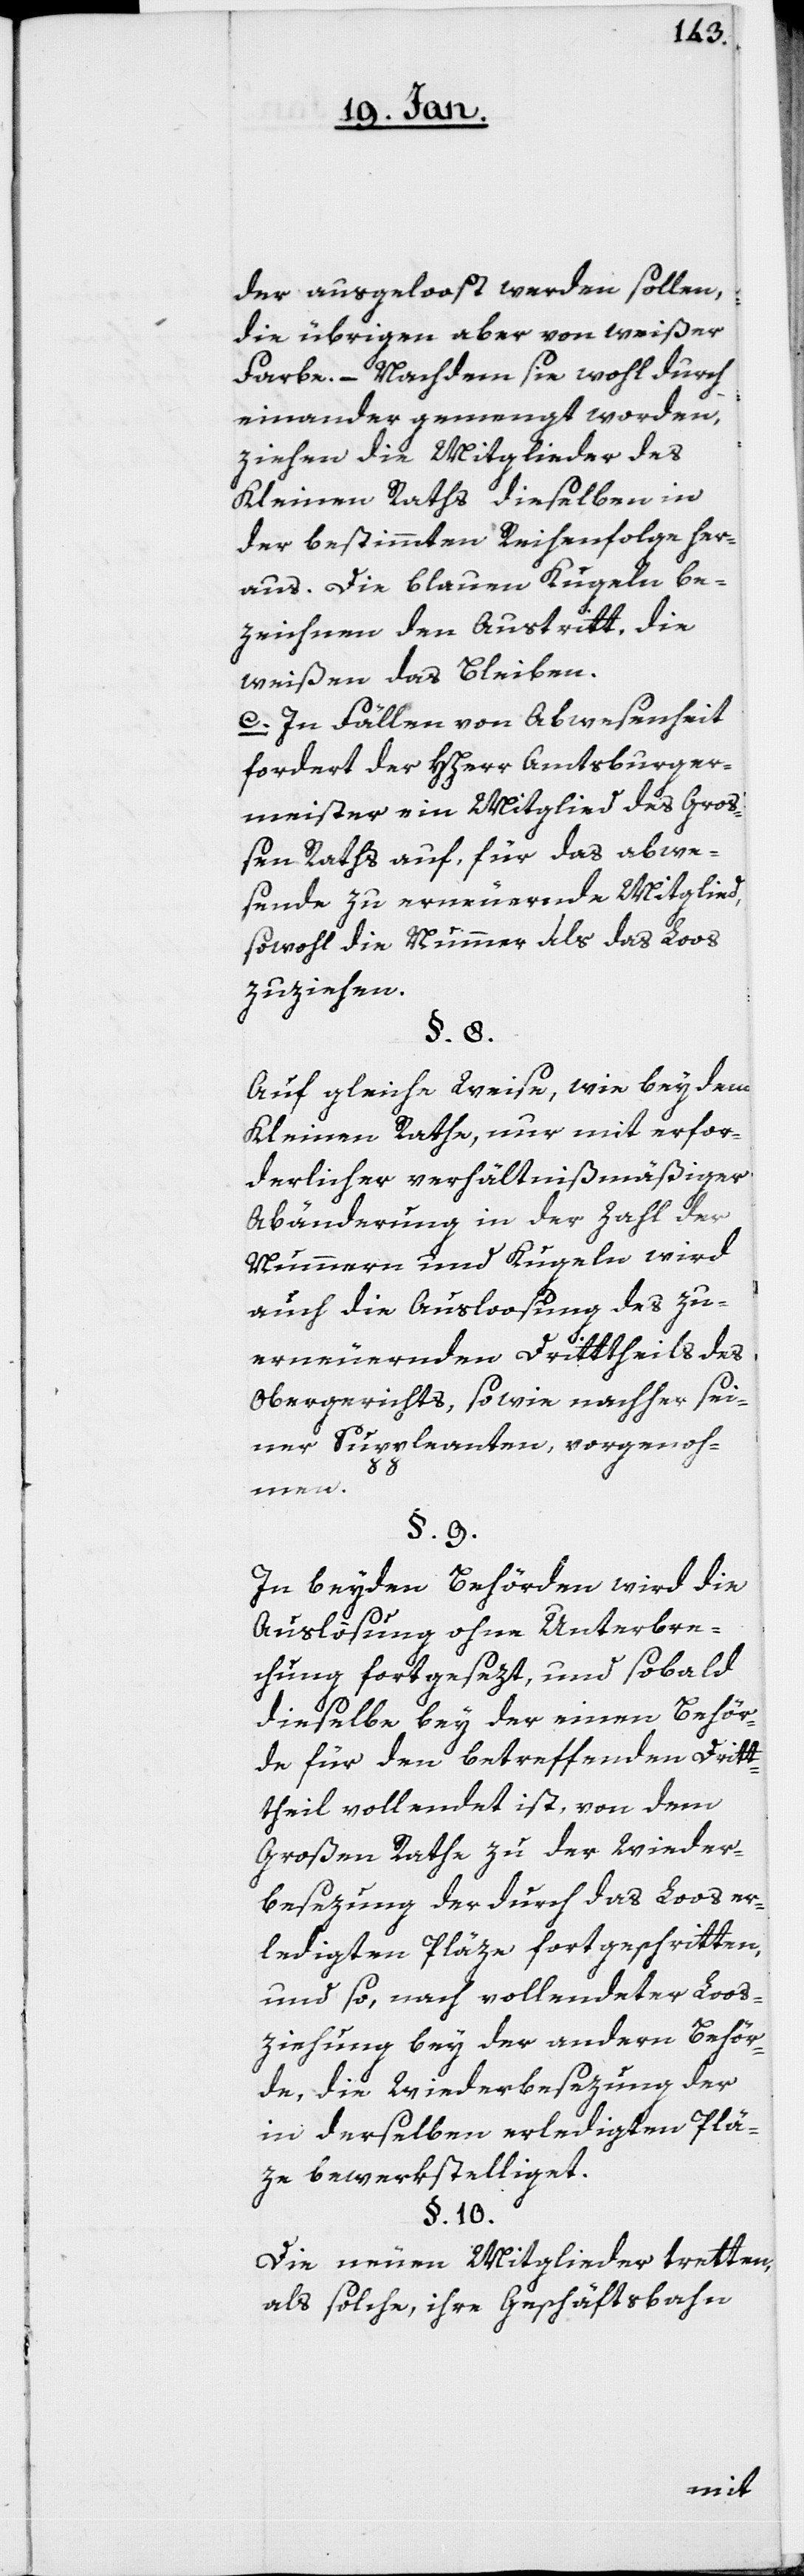
der ausgeloost werden sollen,
die übrigen aber von weißer
Farbe. – Nachdem sie wohl durch¬
einander gemengt worden,
ziehen die Mitglieder des
Kleinen Raths dieselben in
der bestimmten Reihenfolge her¬
aus. Die blauen Kugeln be¬
zeichnen den Austritt, die
weißen das Bleiben.
c. In Fällen von Abwesenheit
fordert der HHerr Amtsburger¬
meister ein Mitglied des Gro¬
ßen Raths auf, für das abwe¬
sende zu erneuernde Mitglied,
sowohl die Nummer als das Loos
zuziehen.
§. 8.
Auf gleiche Weise, wie bey dem
Kleinen Rathe, nur mit erfor¬
derlicher verhältnismäßiger
Abänderung in der Zahl der
Nummern und Kugeln wird
auch die Ausloosung des zu
erneuernden Drittheils des
Obergerichts, sowie nachher sei¬
ner Suppleanten vorgenoh¬
men.
§. 9.
In beyden Behörden wird die
Auslosung ohne Unterbre¬
chung fortgesezt, und sobald
dieselbe bey der einen Behör¬
de für den betreffenden Drit¬
theil vollendet ist, von dem
Großen Rathe zu der Wieder¬
besezung der durch das Loos er¬
ledigten Pläze fortgeschritten,
und so, nach vollendeter Loos¬
ziehung bey der andern Behör¬
de, die Wiederbesezung der
in derselben erledigten Plä¬
ze bewerkstelliget.
§. 10.
Die neuen Mitglieder tretten,
als solche, ihre Geschäftsbahn